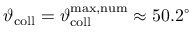
\vartheta _ { \mathrm { c o l l } } = \vartheta _ { \mathrm { c o l l } } ^ { \mathrm { m a x , n u m } } \approx 5 0 . 2 ^ { \circ }